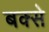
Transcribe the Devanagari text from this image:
बक्‍से